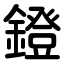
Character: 鐙